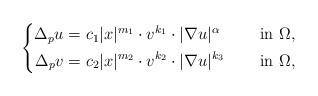
LaTeX: \begin{align*} \left\{ \begin{aligned}\Delta_p u &= c_1|x|^{m_1} \cdot v^{k_1} \cdot |\nabla u|^{\alpha} &\quad\mbox{ in } \Omega, \\\Delta_p v &= c_2|x|^{m_2} \cdot v^{k_2} \cdot |\nabla u|^{k_3} &\quad\mbox{ in } \Omega,\end{aligned} \right.\end{align*}